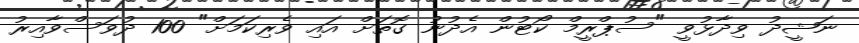
ނަޝީދު ވިދާޅުވީ "ސުޕްރީމް ކޯޓުން އެދުނު ގޮތަށް އައި ވެރިކަމަށް" 100 ދުވަސްވާއިރު